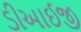
ડીઆઈજી